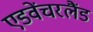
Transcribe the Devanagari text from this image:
एडवेंचरलैंड